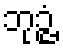
ဘုဉ္ဇံ